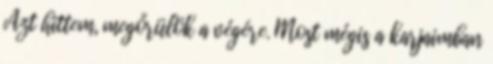
Azt hittem, megőrülök a végére. Most mégis a karjaimban